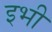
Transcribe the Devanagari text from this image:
इभी